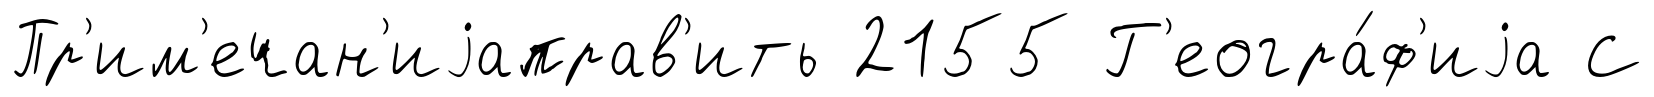
Пр'им'ечан'иjаправ'ить 2155 Г'еогра́ф'иjа С